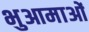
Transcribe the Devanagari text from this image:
भुआमाओं